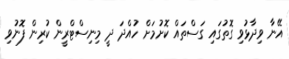
އޭނާ ވިދާޅުވި ގޮތުގައި ގަސްތައް ކޮށުމަށް ހުއްދަ ދީ މިނިސްޓްރީން ކުރިން ފޮނުވި